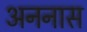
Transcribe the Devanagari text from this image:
अननास